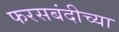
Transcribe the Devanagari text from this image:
फरसबंदीच्या